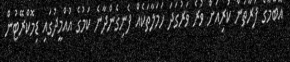
އޮބާމާގެ ފަރާތުން ކުރިއަށް ވުރެ ވަރުގަދަ ހަމަލާތަކެއް ފެނިގެންދާނެ ކަމުގެ އުއްމީދުގައި ޑިމޮކްރޭޓުން